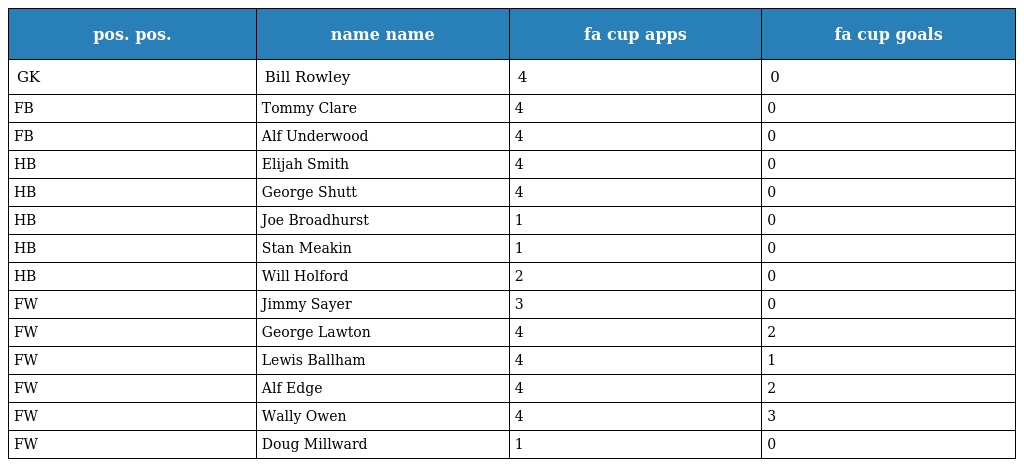
| pos. pos. | name name | fa cup apps | fa cup goals |
 | --- | --- | --- | --- |
 | GK | Bill Rowley | 4 | 0 |
 | FB | Tommy Clare | 4 | 0 |
 | FB | Alf Underwood | 4 | 0 |
 | HB | Elijah Smith | 4 | 0 |
 | HB | George Shutt | 4 | 0 |
 | HB | Joe Broadhurst | 1 | 0 |
 | HB | Stan Meakin | 1 | 0 |
 | HB | Will Holford | 2 | 0 |
 | FW | Jimmy Sayer | 3 | 0 |
 | FW | George Lawton | 4 | 2 |
 | FW | Lewis Ballham | 4 | 1 |
 | FW | Alf Edge | 4 | 2 |
 | FW | Wally Owen | 4 | 3 |
 | FW | Doug Millward | 1 | 0 |